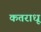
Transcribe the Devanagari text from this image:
कतराधू